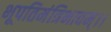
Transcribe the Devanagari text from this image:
भूपतिमंत्रिभावम्।।